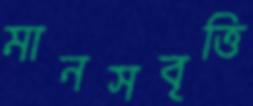
মানসবৃত্তি